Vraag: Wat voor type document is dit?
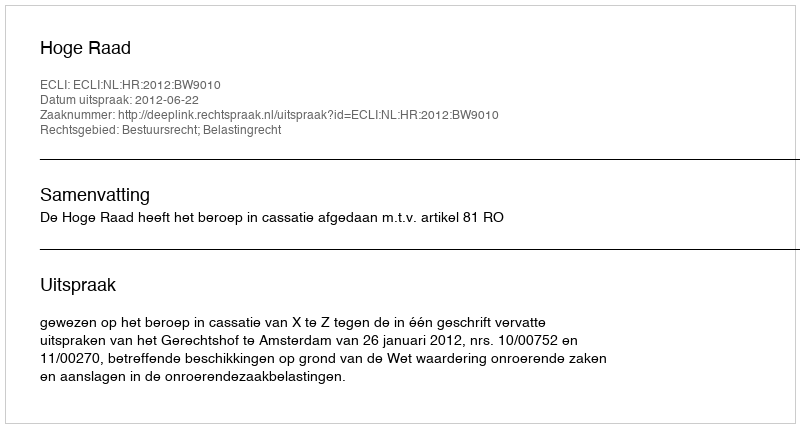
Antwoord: Uitspraak